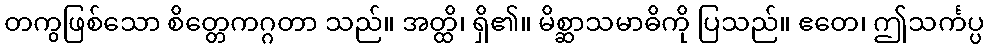
တကွဖြစ်သော စိတ္တေကဂ္ဂတာ သည်။ အတ္ထိ၊ ရှိ၏။ မိစ္ဆာသမာဓိကို ပြသည်။ ဧတေ၊ ဤသင်္ကပ္ပ